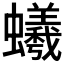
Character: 𧔠